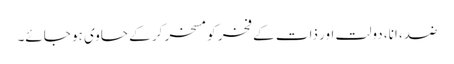
ضد، انا، دولت اور ذات کے فخر کو مسخر کر کے حاوی ہو جائے۔